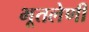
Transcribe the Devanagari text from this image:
भूतलेणी